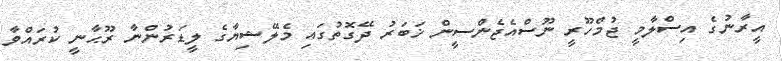
އީރާނުގެ އިސްލާމީ ޖުމްހޫރީ ނޫސްއެޖެންސީން ޚަބަރު ދޭގޮތުގައި މެލޭޝިޔާގެ ލީޑަރުންނާ ރޫޙާނީ ކުރައްވާ